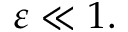
\varepsilon \ll 1 .